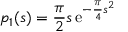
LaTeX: p _ { 1 } ( s ) = { \frac { \pi } { 2 } } s \, \mathrm { e } ^ { - { \frac { \pi } { 4 } } s ^ { 2 } }